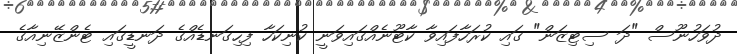
ދުވަހުނޫސް "ދަ ސިޓިޒަން" ގައި ކުރަހާފައިވާ ކާޓޫނެއްގައިވަނީ ކުނިކަހާ ފިހިގަނޑެއްގެ ދަނޑީގައި ޓެންޒޭނިއާގެ